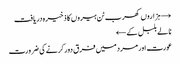
→ ہزاروں کھرب ٹن ہیروں کا ذخیرہ دریافت
نالے بلبل کے ←
عورت اور مرد میں فرق دور کرنے کی ضرورت